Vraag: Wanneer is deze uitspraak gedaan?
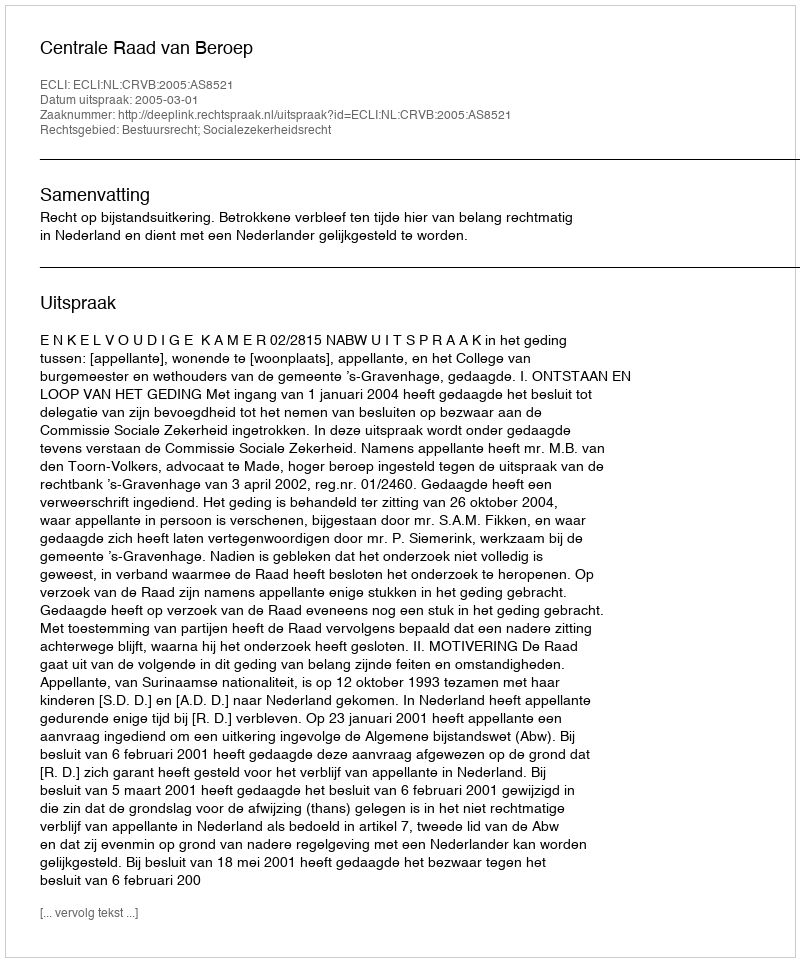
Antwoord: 2005-03-01